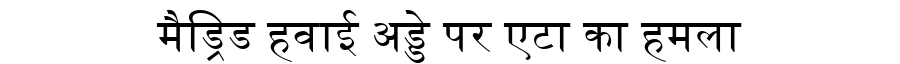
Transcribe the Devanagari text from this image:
मैड्रिड हवाई अड्डे पर एटा का हमला